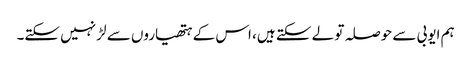
ہم ایوبی سے حوصلہ تو لے سکتے ہیں، اس کے ہتھیاروں سے لڑ نہیں سکتے۔